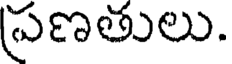
ప్రణతులు.